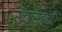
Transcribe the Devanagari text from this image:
रक्षसजाती